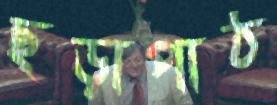
ছড়াপাঠ